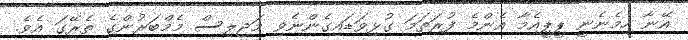
އޭނާ ހިމެނެނީ ޕީޕީއެމާ އެންމެ ފުރަތަމަ ގުޅިވަޑައިގެންނެވި މަޖިލިސް މެމްބަރުންގެ ތެރޭގަ އެވެ.